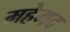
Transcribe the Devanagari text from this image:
महेमद